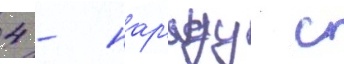
4 - нар'яду с